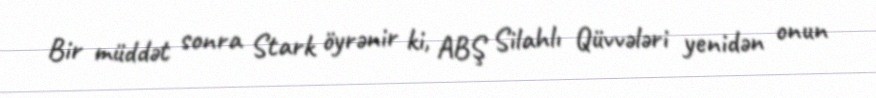
Bir müddət sonra Stark öyrənir ki, ABŞ Silahlı Qüvvələri yenidən onun